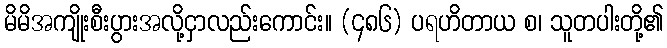
မိမိအကျိုးစီးပွားအလို့ငှာလည်းကောင်း။ (၄၈၆) ပရဟိတာယ စ၊ သူတပါးတို့၏